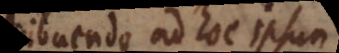
contribuendo ad hoc ipsum